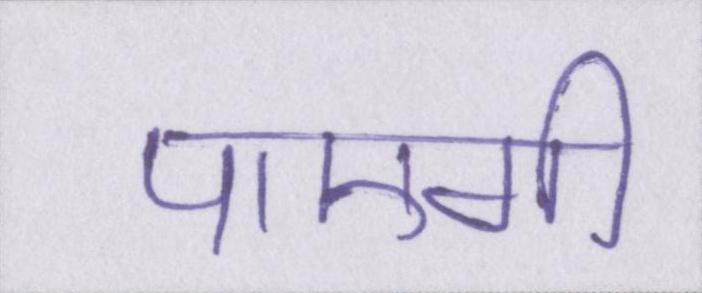
पाएगी